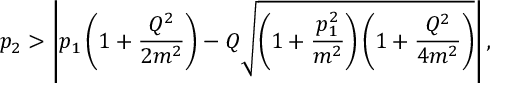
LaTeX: p _ { 2 } > \left| p _ { 1 } \left( 1 + \frac { Q ^ { 2 } } { 2 m ^ { 2 } } \right) - Q \sqrt { \left( 1 + \frac { p _ { 1 } ^ { 2 } } { m ^ { 2 } } \right) \left( 1 + \frac { Q ^ { 2 } } { 4 m ^ { 2 } } \right) } \right| ,